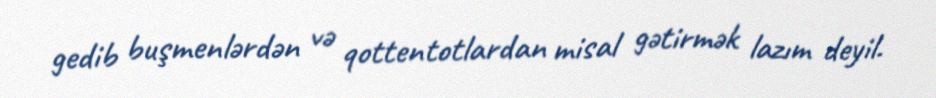
gedib buşmenlərdən və qottentotlardan misal gətirmək lazım deyil.